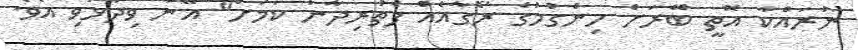
ނުރައްކާ އޮތީ ބޭރަށް ހިންގުމުގެ ރޯގާއެއް ފެތުރިދާނެ ކަމަށް" އޭނާ ވިދާޅުވި އެވެ.